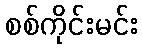
စစ်ကိုင်းမင်း